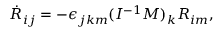
\begin{array} { r } { \dot { R } _ { i j } = - \epsilon _ { j k m } ( I ^ { - 1 } M ) _ { k } R _ { i m } , } \end{array}